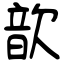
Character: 歆